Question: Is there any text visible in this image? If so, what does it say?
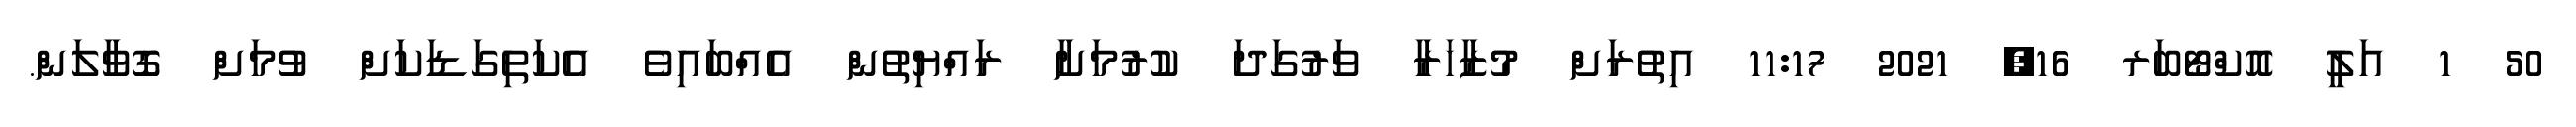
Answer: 50 1 އަލީ އޮކްޓޯބަރ 16, 2021 11:17 އިތުރަށް މުޒާހަރާ ވަރުގަދަ ކުރުމަށާ ރައްޔިތުން އެއްބައިވެ އެކަތިގަޑަކަށް ވުމަށް ގޮވާލަން.